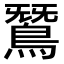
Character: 𪂫